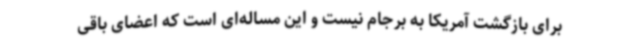
برای بازگشت آمریکا به برجام نیست و این مساله‌ای است که اعضای باقی